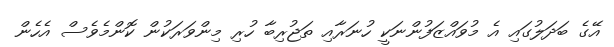
އޭގެ ބަދަލުގައި އެ މުވައްޒަފުންނަކީ ހުނަރާއި ތަޖުރިބާ ހުރި މިންވަރަކުން ކޮންމެވެސް އެހެން